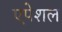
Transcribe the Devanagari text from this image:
एपेशल